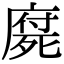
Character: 𣩇